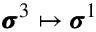
\pmb { \sigma } ^ { 3 } \mapsto \pmb { \sigma } ^ { 1 }